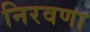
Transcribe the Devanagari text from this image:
निरवणा